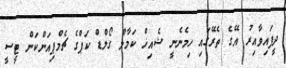
ދީފައިވާއިރު އޭގެ ތެރޭގައި ހިމެނެނީ ޝެއިޚް ކަމާލް ގޯލްޑް ކަޕްގެ ޗެމްޕިއަންކަން ޓީސީ